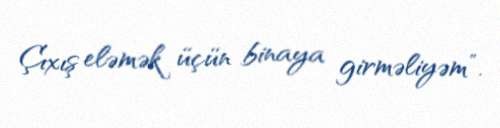
Çıxış eləmək üçün binaya girməliyəm”.